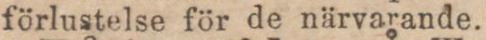
förlustelse för de närvarande.